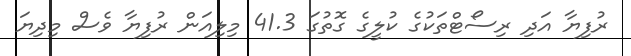
ރުފިޔާ އަދި ރިސޯޓްތަކުގެ ކުލީގެ ގޮތުގަ 41.3 މިލިއަން ރުފިޔާ ވެސް މިދިޔަ